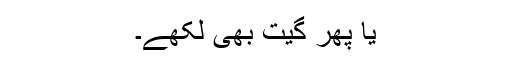
یا پھر گیت بھی لکھے۔